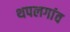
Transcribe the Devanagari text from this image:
थपलगांव